DOW-UAP-D48, Department of the Air Force Report, 1996
Agency: Department of War
Incident date: 9/10/96
Page 98
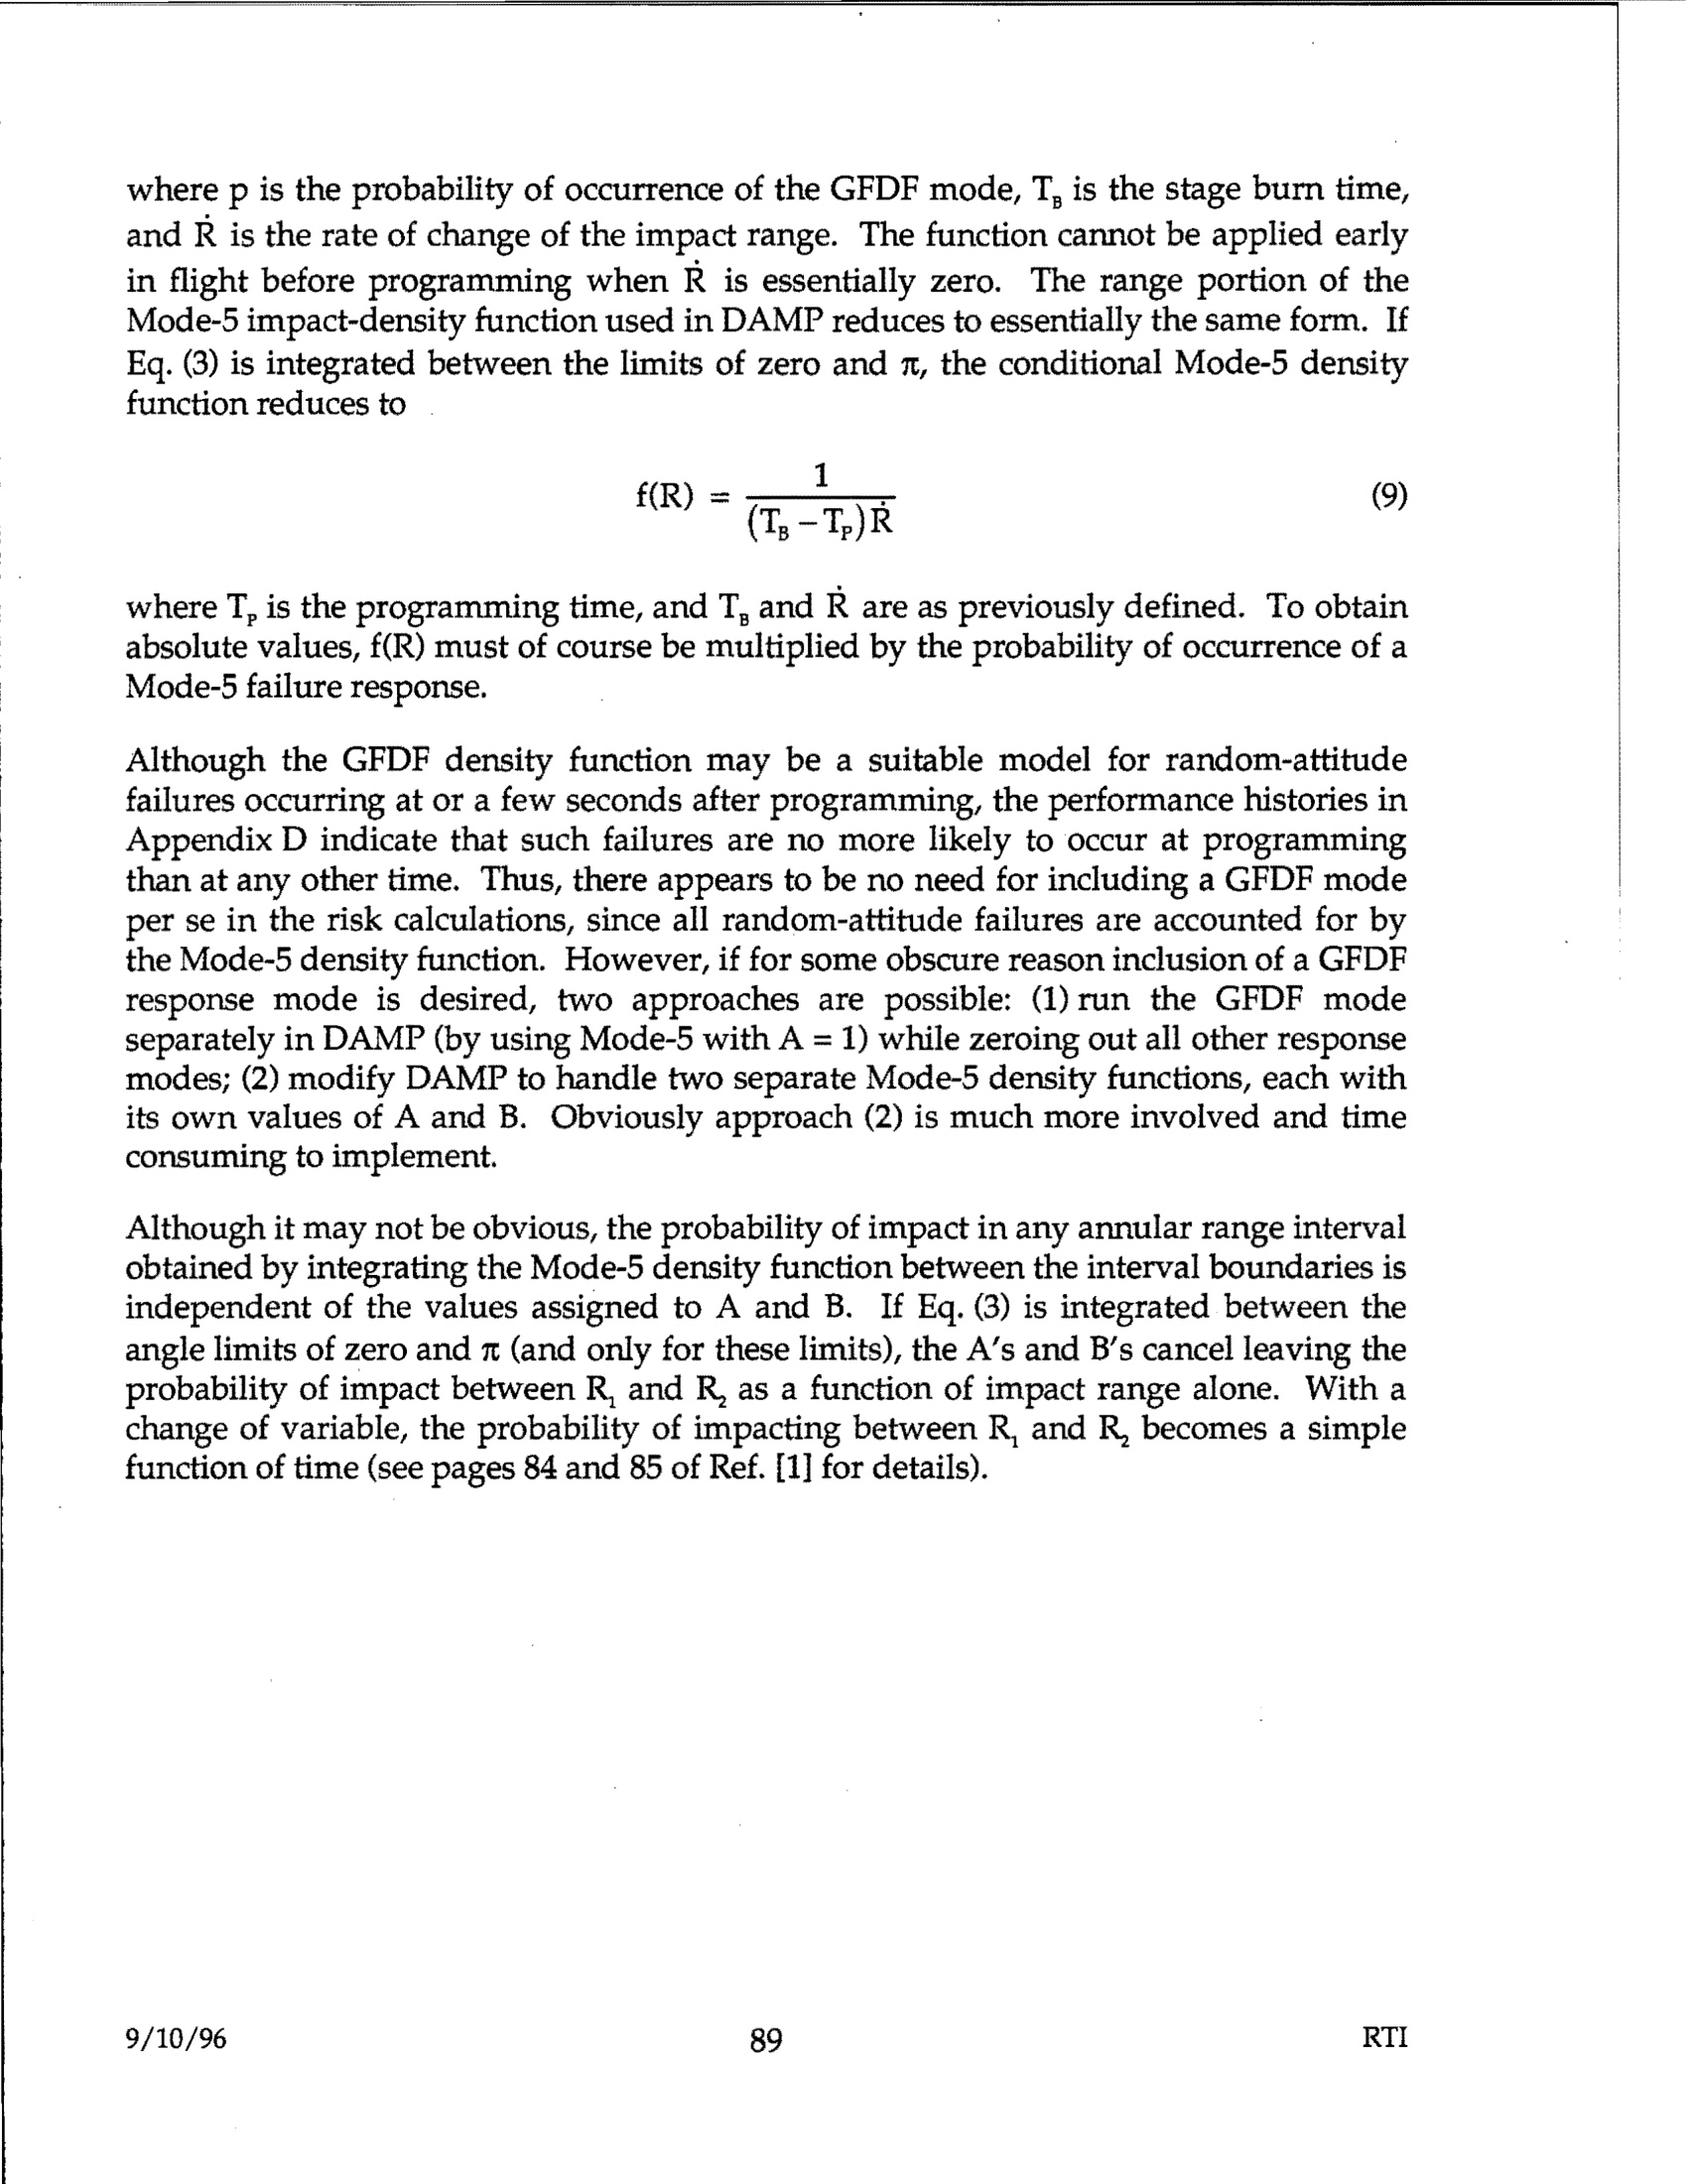